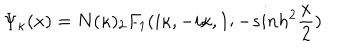
\Psi _ { \kappa } ( x ) = N ( \kappa ) _ { 2 } F _ { 1 } ( i \kappa , - i \kappa , 1 ; - s i n h ^ { 2 } \frac { x } { 2 } )